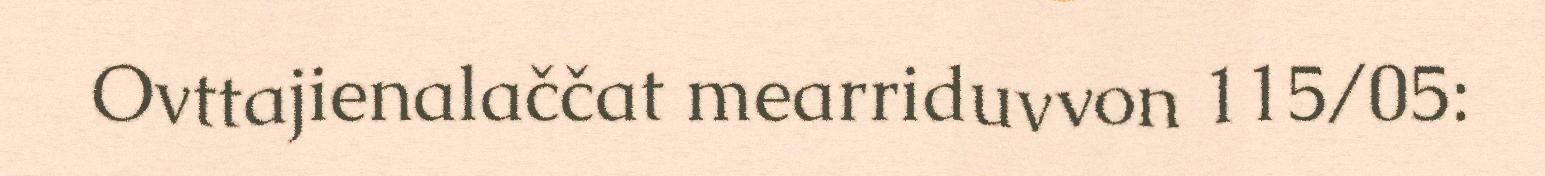
Ovttajienalaččat mearriduvvon 115/05: